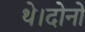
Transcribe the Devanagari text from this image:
थे।दोनों